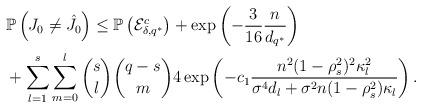
LaTeX: \begin{align*}&\mathbb{P}\left( J_0\neq \hat{J}_0 \right)\leq\mathbb{P}\left(\mathcal{E}_{\delta,q^*}^c\right)+\exp\left(-\frac{3}{16}\frac{n}{d_{q^*}}\right)\\&+\sum_{l=1}^{s}\sum_{m=0}^{l}\binom{s}{l}\binom{q-s}{m}4\exp\left( -c_1\frac{n^2(1-\rho_{s}^2)^2\kappa_l^2}{\sigma^4d_{l} +\sigma^2n(1-\rho_{s}^2)\kappa_l}\right).\end{align*}